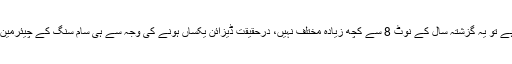
ویسے یہ فون کیسا ہوگا یا ہوسکتا ہے وہ درج ذیل ہے ڈیزائن/ڈسپلے جہاں تک اس کے ڈیزائن کی بات ہے تو یہ گزشتہ سال کے نوٹ 8 سے کچھ زیادہ مختلف نہیں، درحقیقت ڈیزائن یکساں ہونے کی وجہ سے ہی سام سنگ کے چیئرمین گزشتہ دنوں ایک ایونٹ کے دوران نوٹ 9 کو استعمال کرتے رہے اور کسی کو اندازہ بھی نہیں ہوسکا۔